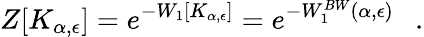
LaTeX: Z[K_{\alpha,\epsilon}]=e^{-W_{1}[K_{\alpha,\epsilon}]}=e^{-W_{1}^{BW}(\alpha,\epsilon)}~~~.